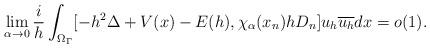
LaTeX: \begin{align*}\lim_{\alpha\to 0}\frac{i}h\int_{\Omega_\Gamma} [-h^2\Delta+V(x)-E(h), \chi_\alpha(x_n)hD_n] u_h \overline{u_h} dx=o(1).\end{align*}